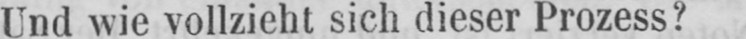
Und wie vollzieht sich dieser Prozess?